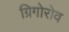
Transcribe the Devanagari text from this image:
ग्रिगोरोव